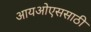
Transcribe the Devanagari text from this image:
आयओएससाठी